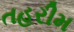
તહરીમ